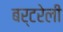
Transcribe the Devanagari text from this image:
बर्टरेली